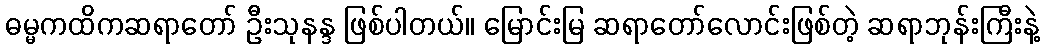
ဓမ္မကထိကဆရာတော် ဦးသုနန္ဒ ဖြစ်ပါတယ်။ မြောင်းမြ ဆရာတော်လောင်းဖြစ်တဲ့ ဆရာဘုန်းကြီးနဲ့